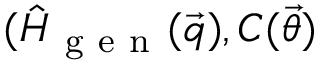
( \hat { H } _ { \mathrm { ~ g ~ e ~ n ~ } } ( \vec { q } ) , C ( \vec { \theta } )